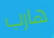
هارب